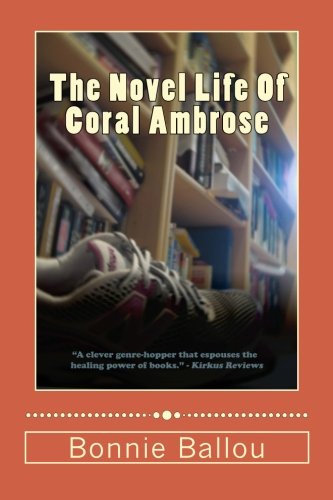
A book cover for The Novel Life Of Coral Ambrose; Bonnie Ballou; Science Fiction & Fantasy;